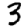
Digit: 3